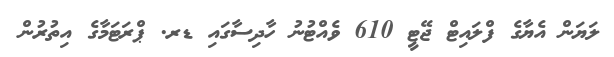
ލަޔަން އެޔާގެ ފްލައިޓް ޖޭޓީ 610 ވެއްޓުނު ހާދިސާގައި ޑރ. ޕްރަޓަމާގެ އިތުރުން